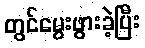
တွင်မွေးဖွားခဲ့ပြီး